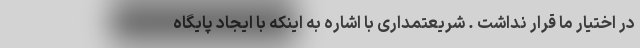
در اختیار ما قرار نداشت . شریعتمداری با اشاره به اینکه با ایجاد پایگاه